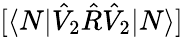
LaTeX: [\langle N|\hat{V}_{2}\hat{R}\hat{V}_{2}|N\rangle]